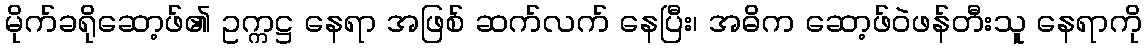
မိုက်ခရိုဆော့ဖ်၏ ဥက္ကဋ္ဌ နေရာ အဖြစ် ဆက်လက် နေပြီး၊ အဓိက ဆော့ဖ်ဝဲဖန်တီးသူ နေရာကို